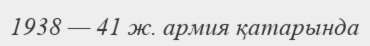
1938 — 41 ж. армия қатарында